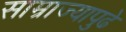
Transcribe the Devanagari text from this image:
साम्राज्यापुढे